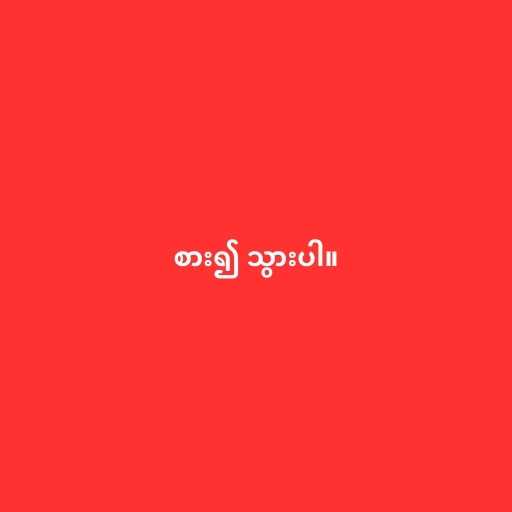
စား၍ သွားပါ။